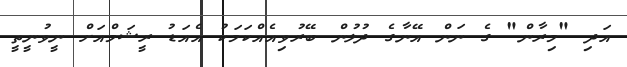
އަދި "މިރާން" ގެ ނަން އޭނާގެ ދުލުން ބޭރުވިއެއްކަމަކު އެއަޑު ރީޝަމްއަށް ނީވުނީތީ